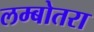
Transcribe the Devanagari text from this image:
लम्बोतरा